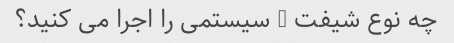
چه نوع شیفت - سیستمی را اجرا می کنید؟